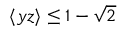
\langle y z \rangle \le 1 - \sqrt { 2 }